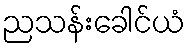
ညသန်းခေါင်ယံ